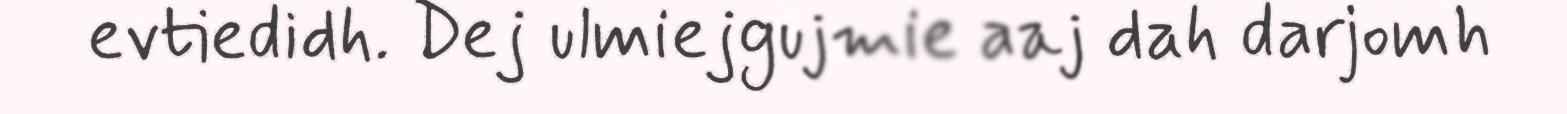
evtiedidh. Dej ulmiejgujmie aaj dah darjomh